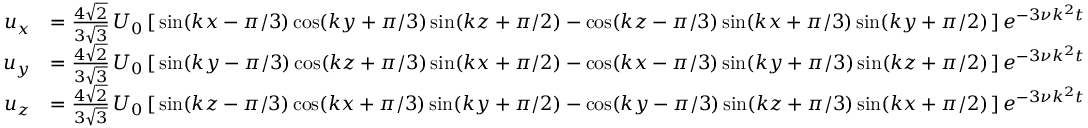
{ \begin{array} { r l } { u _ { x } } & { = { \frac { 4 { \sqrt { 2 } } } { 3 { \sqrt { 3 } } } } \, U _ { 0 } \left[ \, \sin ( k x - \pi / 3 ) \cos ( k y + \pi / 3 ) \sin ( k z + \pi / 2 ) - \cos ( k z - \pi / 3 ) \sin ( k x + \pi / 3 ) \sin ( k y + \pi / 2 ) \, \right] e ^ { - 3 \nu k ^ { 2 } t } } \\ { u _ { y } } & { = { \frac { 4 { \sqrt { 2 } } } { 3 { \sqrt { 3 } } } } \, U _ { 0 } \left[ \, \sin ( k y - \pi / 3 ) \cos ( k z + \pi / 3 ) \sin ( k x + \pi / 2 ) - \cos ( k x - \pi / 3 ) \sin ( k y + \pi / 3 ) \sin ( k z + \pi / 2 ) \, \right] e ^ { - 3 \nu k ^ { 2 } t } } \\ { u _ { z } } & { = { \frac { 4 { \sqrt { 2 } } } { 3 { \sqrt { 3 } } } } \, U _ { 0 } \left[ \, \sin ( k z - \pi / 3 ) \cos ( k x + \pi / 3 ) \sin ( k y + \pi / 2 ) - \cos ( k y - \pi / 3 ) \sin ( k z + \pi / 3 ) \sin ( k x + \pi / 2 ) \, \right] e ^ { - 3 \nu k ^ { 2 } t } } \end{array} }